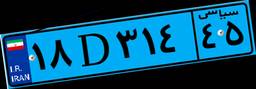
۱۸D۳۱۴۴۵